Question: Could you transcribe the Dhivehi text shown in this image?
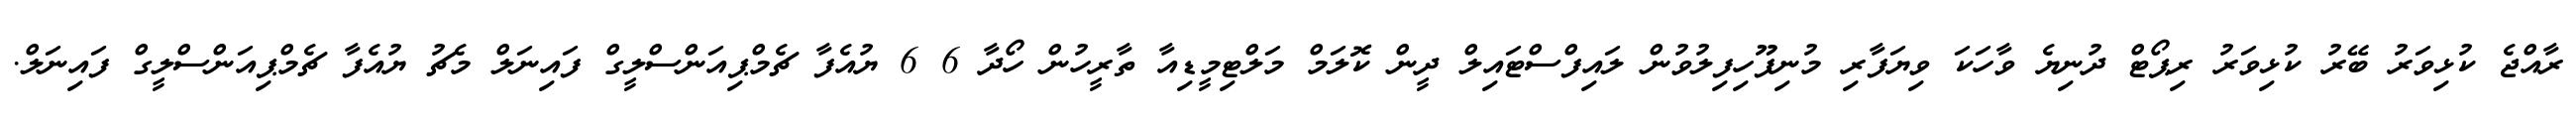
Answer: ރާއްޖެ ކުޅިވަރު ބޭރު ކުޅިވަރު ރިޕޯޓް ދުނިޔެ ވާހަކަ ވިޔަފާރި މުނިފޫހިފިލުވުން ލައިފްސްޓައިލް ދީން ކޮލަމް މަލްޓިމީޑިއާ ތާރީހުން ހޯދާ 6 6 ޔުއެފާ ޗެމްޕިއަންސްލީގް ފައިނަލް މެޗު ޔުއެފާ ޗެމްޕިއަންސްލީގް ފައިނަލް.